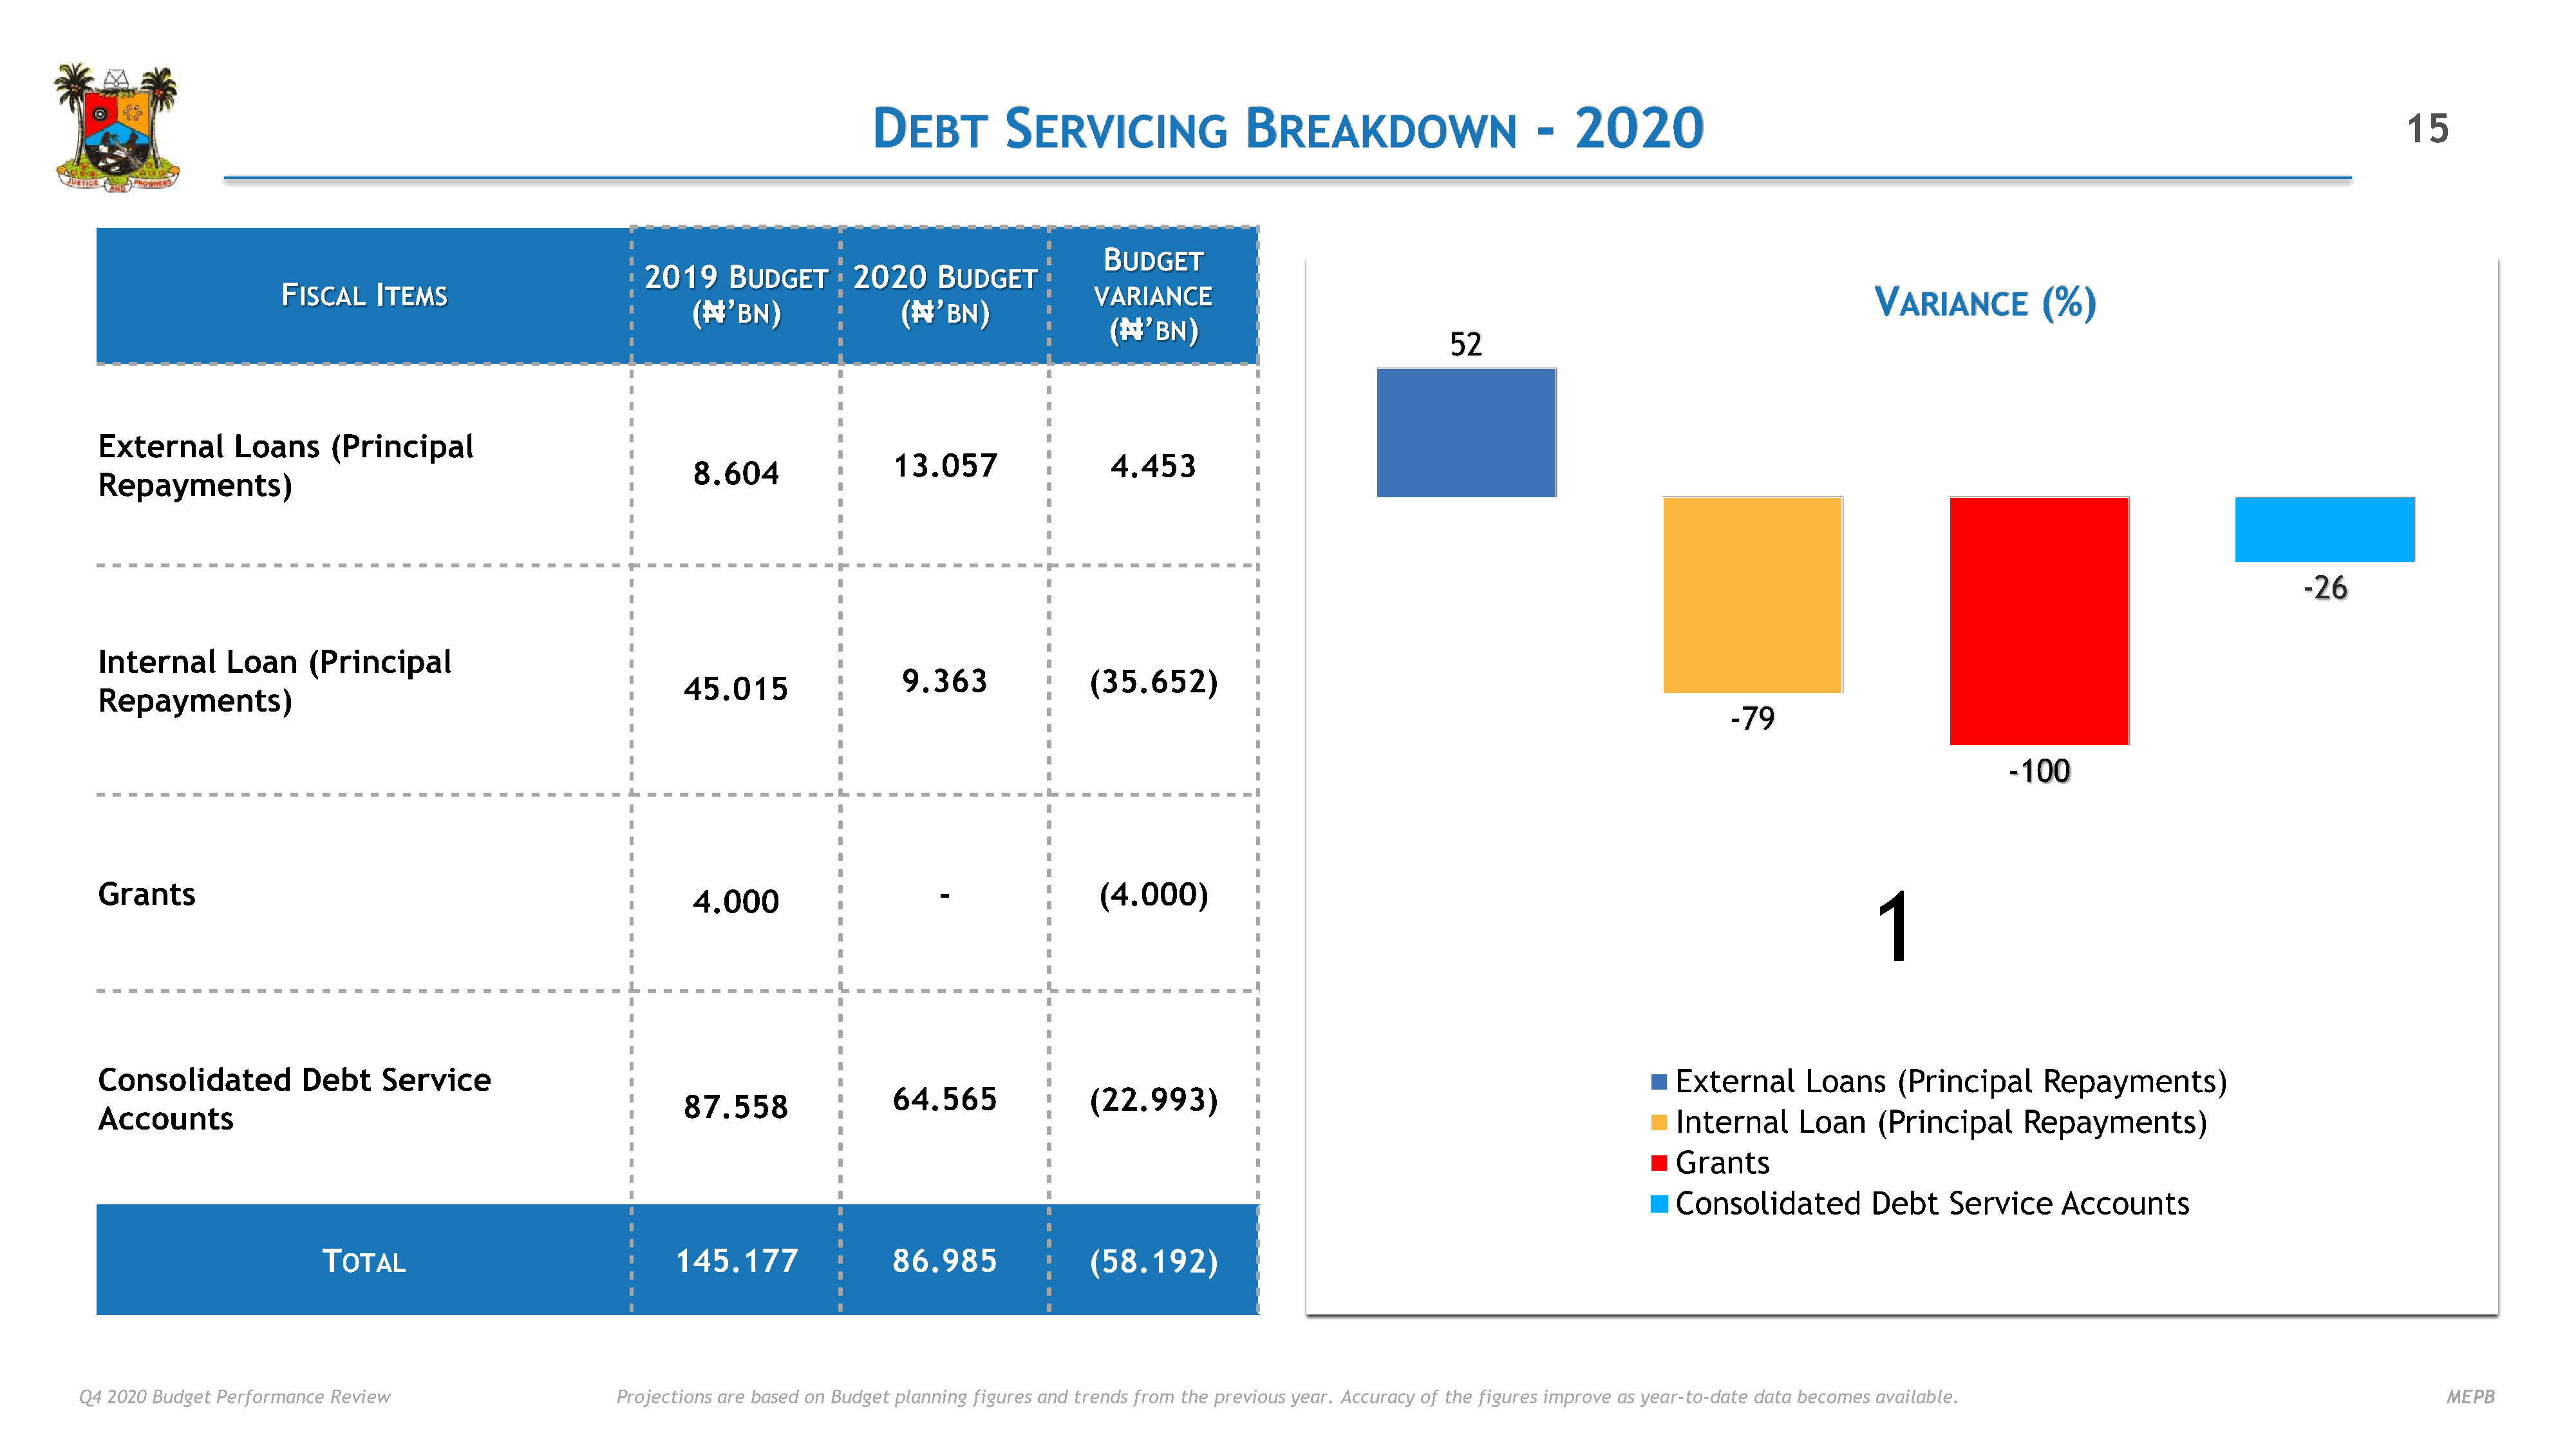
D            S                        B                             -   2020
 EBT          ERVICING                 REAKDOWN                                                                                                            15
 B
 UDGET
 2019     B            2020    B
 UDGET                UDGET
 F ISCAL   I TEMS                                                                   VARIANCE                                                                         V                (%)
 ARIANCE
 (₦’     )            (₦’      )
 BN                   BN
 (₦’     )
 BN
 52
 External      Loans     (Principal
 13.057                4.453
 8.604
 Repayments)
 -26
 Internal     Loan     (Principal
 9.363              (35.652)
 45.015
 Repayments)
 -79
 -100
 Grants                                                                                 -               (4.000)                                                                        1
 4.000
 Consolidated         Debt    Service                                                                                                                              External      Loans    (Principal     Repayments)
 64.565              (22.993)
 87.558
 Accounts                                                                                                                                                          Internal     Loan    (Principal     Repayments)
 Grants
 Consolidated        Debt    Service     Accounts
 T                                   145.177                86.985              (58.192)
 OTAL
 Q4 2020 Budget Performance Review                      Projections are based on Budget planning figures and trends from the previous year. Accuracy of the figures improve as year-to-date data becomes available.                                  MEPB